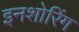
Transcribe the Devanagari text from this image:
इनशोरिंग